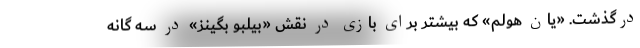
درگذشت. «یان هولم» که بیشتر برای بازی در نقش «بیلبو بگینز» در سه گانه